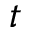
t